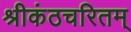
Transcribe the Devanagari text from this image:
श्रीकंठचरितम्